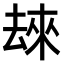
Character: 𫨬